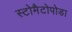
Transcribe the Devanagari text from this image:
स्टोमैटोपोडा